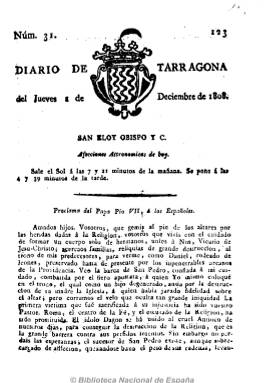
Título: Diario de Tarragona
Colección: Periódicos anteriores a 1850
Ámbito geográfico: Tarragona
Lugar de publicación: Tarragona
Fechas: 08/12/1808-14/10/1809

Comenzó a publicarse el uno de noviembre de 1808, “con la aprobación del Gobierno de esta Ciudad”, por lo que fue portavoz oficial de la junta y, por tanto, de carácter patriótico y fernandino. Estampa en la cabecera el escudo de Tarragona y comienza con el santoral y las afecciones astronómicas. Publica noticias de la guerra de la independencia, extractos de otros periódicos españoles y noticias, avisos y anuncios locales, como el movimiento portuario, y ofreció escasa opinión.

Se interrumpió su publicación en enero de 1809 y entre junio y diciembre de este año, y esta primera época del Diario de Tarragona, terminará a finales de mayo de 1811, días antes de que la ciudad cayera en manos francesas, que la controlarán durante más de dos años.

En números de cuatro páginas, publicó también suplementos, saliendo de la imprenta de la viuda María Canals, que después estaría apoyada en la administración por Miguel Puigrubí, siendo también estampado por Antonio Brusi.